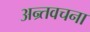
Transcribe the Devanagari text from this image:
अन्र्तवचना